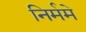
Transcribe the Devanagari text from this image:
निर्ममे